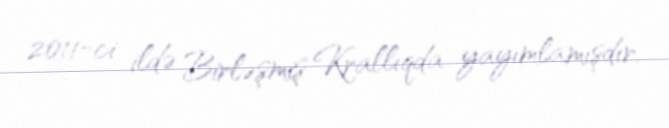
2011-ci ildə Birləşmiş Krallıqda yayımlamışdır.